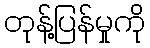
တုန့်ပြန်မှုကို